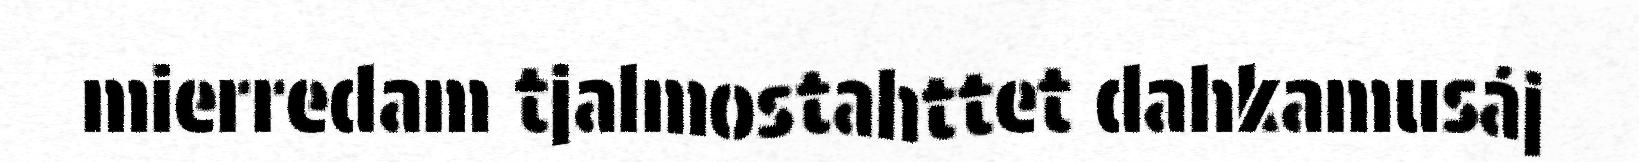
mierredam tjalmostahttet dahkamusáj